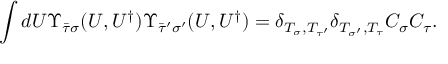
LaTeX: \int d U \Upsilon _ { \bar { \tau } \sigma } ( U , U ^ { \dagger } ) \Upsilon _ { \bar { \tau } ^ { \prime } \sigma ^ { \prime } } ( U , U ^ { \dagger } ) = \delta _ { T _ { \sigma } , T _ { \tau ^ { \prime } } } \delta _ { T _ { \sigma ^ { \prime } } , T _ { \tau } } C _ { \sigma } C _ { \tau } .